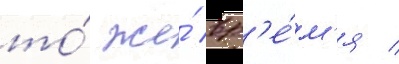
то́ же́ вр'е́м'я /